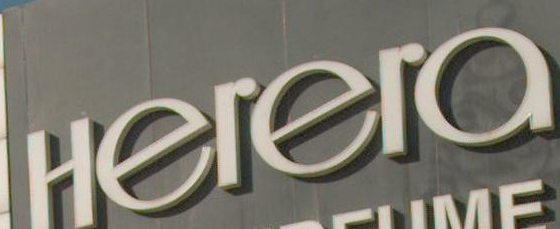
Herera